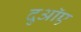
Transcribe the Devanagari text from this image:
दुआॅए